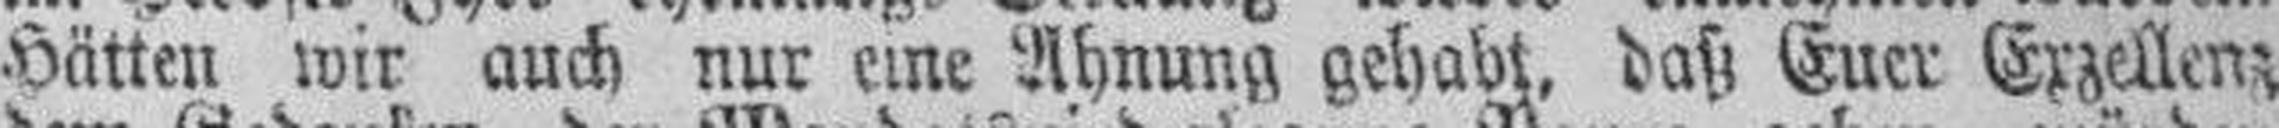
Hätten wir auch nur eine Ahnung gehalbt, daß Euer Exzellenz